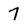
Character: 7